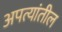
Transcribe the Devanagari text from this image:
अपत्यांतील